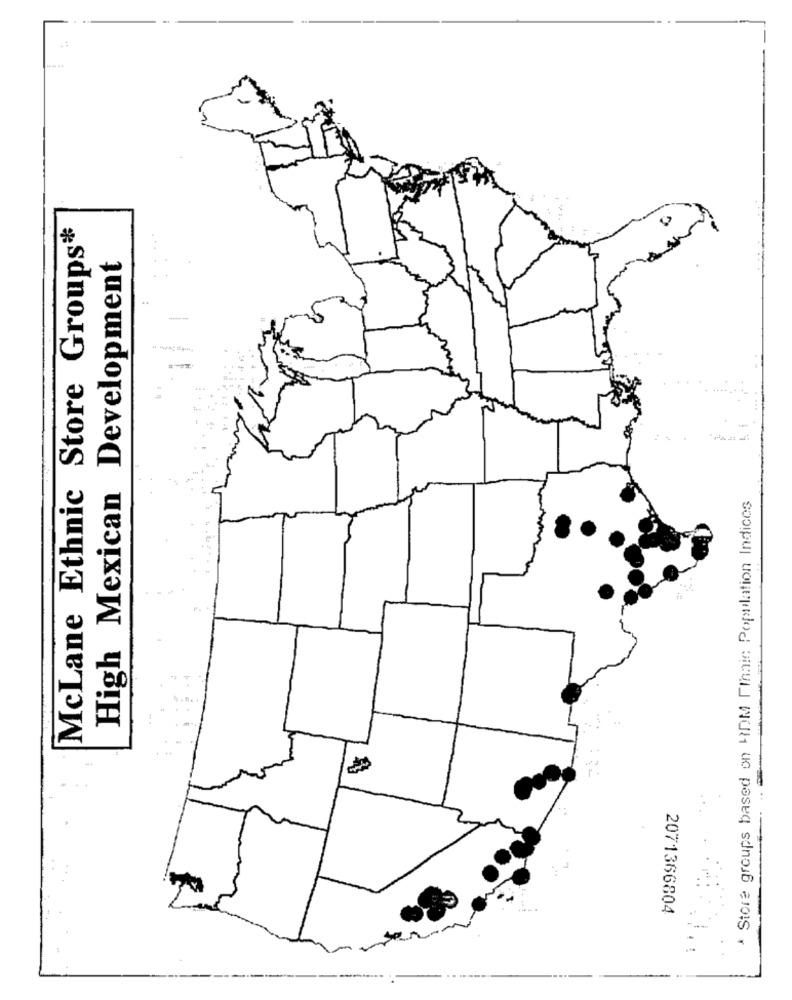
McLane Ethnic Store Groups*
High Mexican Development
* Store groups based on HDM Finnic Population Indices
2071366804
.